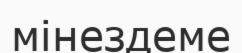
мінездеме